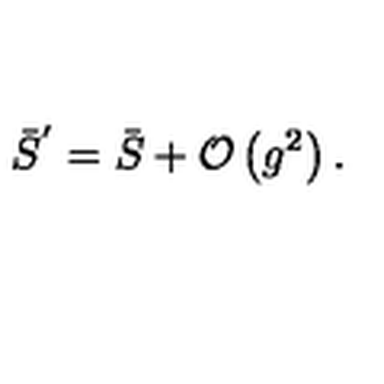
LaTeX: \bar { S } ^ { ^ { \prime } } = \bar { S } + { \mathcal { O } } \left( g ^ { 2 } \right) .